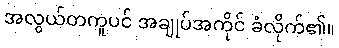
အလွယ်တကူပင် အချုပ်အကိုင် ခံလိုက်၏။